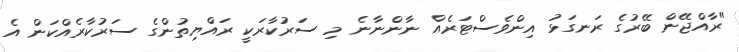
"ރާއްޖޭން ބޭރުގެ ރަނގަޅު އިންވެސްޓަރެއް ނާންނާނެ މި ސަރުކާރަކީ ރައްޔިތުންގެ ސަރުކާރެއްކަން އެ